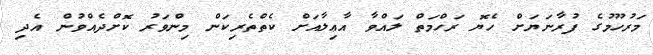
މަރުހޫމުގެ ފުރާނަޔަށް ހެޔޮ ރަހްމަތް ލައްވާ އާޢިލާއަށް ކެތްތެރިކަން މިންވަރު ކޮށްދެއްވުން އެދި